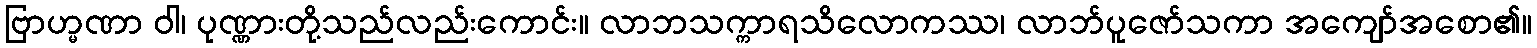
ဗြာဟ္မဏာ ဝါ၊ ပုဏ္ဏားတို့သည်လည်းကောင်း။ လာဘသက္ကာရသိလောကဿ၊ လာဘ်ပူဇော်သကာ အကျော်အစော၏။